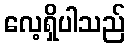
လေ့ရှိပါသည်